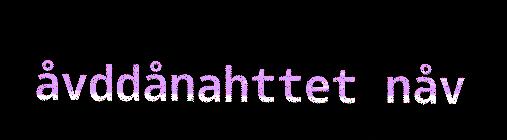
åvddånahttet nåv